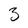
Character: 3